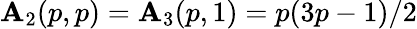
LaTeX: \mathbf{A}_{2}(p,p)=\mathbf{A}_{3}(p,1)=p(3p-1)/2